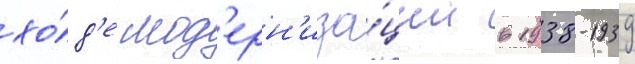
хо́д'е мод'ерн'иза́ции в 1938-1939